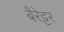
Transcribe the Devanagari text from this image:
बैरेट्टर